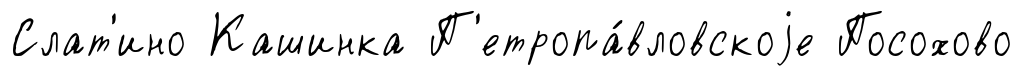
Слат'ино Кашинка П'етропа́вловскоjе Посохово